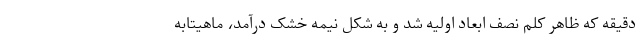
دقیقه که ظاهر کلم نصف ابعاد اولیه شد و به شکل نیمه خشک درآمد، ماهیتابه